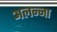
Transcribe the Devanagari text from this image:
अलन्ना